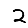
Digit: 2